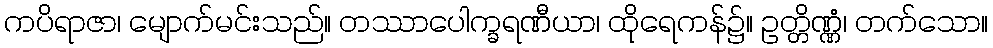
ကပိရာဇာ၊ မျောက်မင်းသည်။ တဿာပေါက္ခရဏီယာ၊ ထိုရေကန်၌။ ဥတ္တိဏ္ဏံ၊ တက်သော။